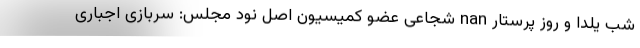
شب یلدا و روز پرستار nan شجاعی عضو کمیسیون اصل نود مجلس: سربازی اجباری